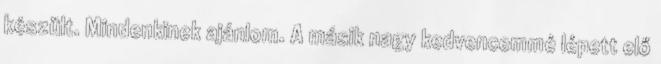
készült. Mindenkinek ajánlom. A másik nagy kedvencemmé lépett elő